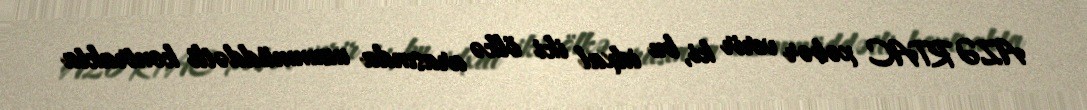
AZƏRTAC xəbər verir ki, bu idxal iki ölkə arasında uzunmüddətli kontrakta